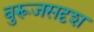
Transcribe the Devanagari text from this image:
बुरूजसदृश